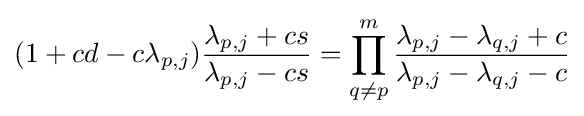
(1+cd-c\lambda _{p,j}){\frac {\lambda _{p,j}+cs}{\lambda _{p,j}-cs}}=\prod _{q\neq p}^{m}{\frac {\lambda _{p,j}-\lambda _{q,j}+c}{\lambda _{p,j}-\lambda _{q,j}-c}}